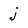
Character: j